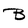
Character: B